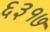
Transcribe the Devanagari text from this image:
६३१७